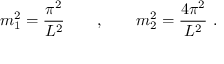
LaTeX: m _ { 1 } ^ { 2 } = \frac { \pi ^ { 2 } } { L ^ { 2 } } \qquad , \qquad m _ { 2 } ^ { 2 } = \frac { 4 \pi ^ { 2 } } { L ^ { 2 } } \, \, .